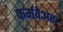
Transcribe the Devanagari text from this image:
फर्मवेअर